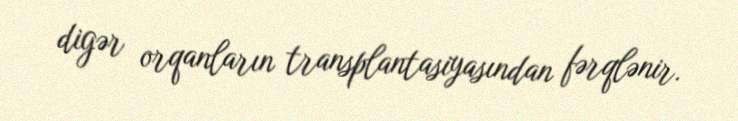
digər orqanların transplantasiyasından fərqlənir.